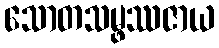
သောတသမ္ဖဿဇာယ